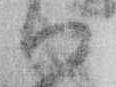
ハ